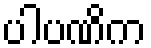
ပါပဏိက